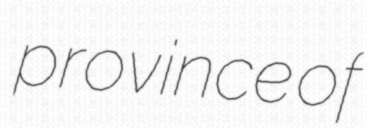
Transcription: province of